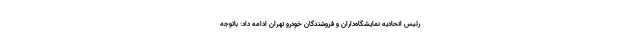
رئیس اتحادیه نمایشگاه‌داران و فروشندگان خودرو تهران ادامه داد: باتوجه